Tezpur Lunatic Asylum reports 1895-1904 - 1895-1904
Year: 1895
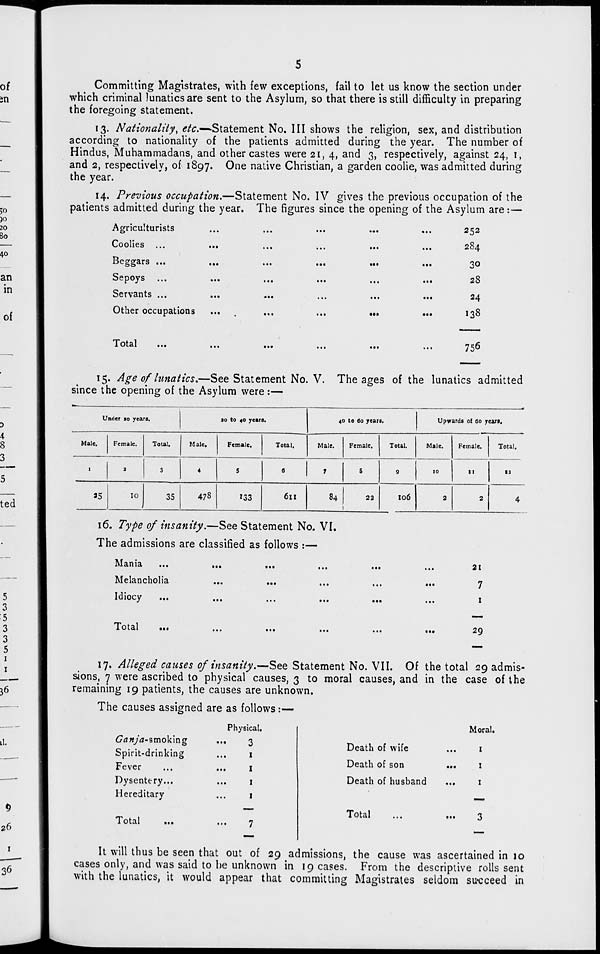
Committing Magistrates, with few exceptions, fail to let us know the section under
which criminal lunatics are sent to the Asylum, so that there is still difficulty in preparing
the foregoing statement.
13. Nationality, etc.—Statement No. Ill shows the religion, sex, and distribution
according to nationality of the patients admitted during the year. The number of
Hindus, Muhammadans, and other castes were 21, 4, and 3, respectively, against 24, 1,
and 2, respectively, of 1897. One native Christian, a garden coolie, was admitted during
the year.
14. Previous occupation.—Statement No. IV gives the previous occupation of the
patients admitted during the year. The figures since the opening of the Asylum are:—
Agriculturists
Coolies ...
Beggars ...
Sepoys ...
Servants ...
Other occupations
Total
252
284
30
28
24
138
756
15. Age of lunatics.—See Statement No. V. The ages of the lunatics admitted
since the opening of the Asylum were :—
Under 10 years.
so to 40 years.
40 to 60 years.
Upwards of 60 years.
Male.
Female.
Total.
Male.
Female.
Total.
Male.
Female.
Total.
Male.
Female.
Total.
1
2
3
4
5
0
7
S
9
10
it
■ 2
35
10
35
478
133
6ll
84
22
106
2
2
4
16. Type of insanity.—See Statement No. VI.
The admissions are classified as follows :—
lviama
...
...
•••
,,,
Melancholia
...
...
Idiocy
21
7
1
Total
•••
29
17. Alleged causes of insanity.—See Statement No. VII. Of the total 29 admis-
sions, 7 were ascribed to physical causes, 3 to moral causes, and in the case of the
remaining 19 patients, the causes are unknown.
The causes assigned are as follows :•
Physical.
Ga n\ja- smoking
3
Spirit-drinking
1
Fever
1
Dysentery...
1
Hereditary
1
Total
Moral.
Death of wife
...
1
Death of son
...
1
Death of husband
...
1
Total
It will thus be seen that out of 29 admissions, the cause was ascertained in 10
cases only, and was said to be unknown in 19 cases. From the descriptive rolls sent
with the lunatics, it would appear that committing Magistrates seldom succeed in